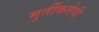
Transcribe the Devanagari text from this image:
मुर्तीकलेची